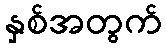
နှစ်အတွက်